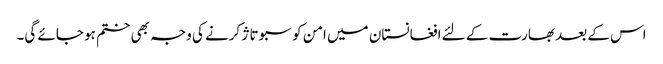
اس کے بعد بھارت کے لئے افغانستان میں امن کو سبوتاژ کرنے کی وجہ بھی ختم ہو جائے گی۔